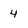
Character: 4